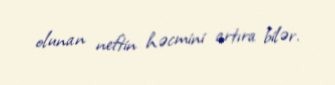
olunan neftin həcmini artıra bilər.